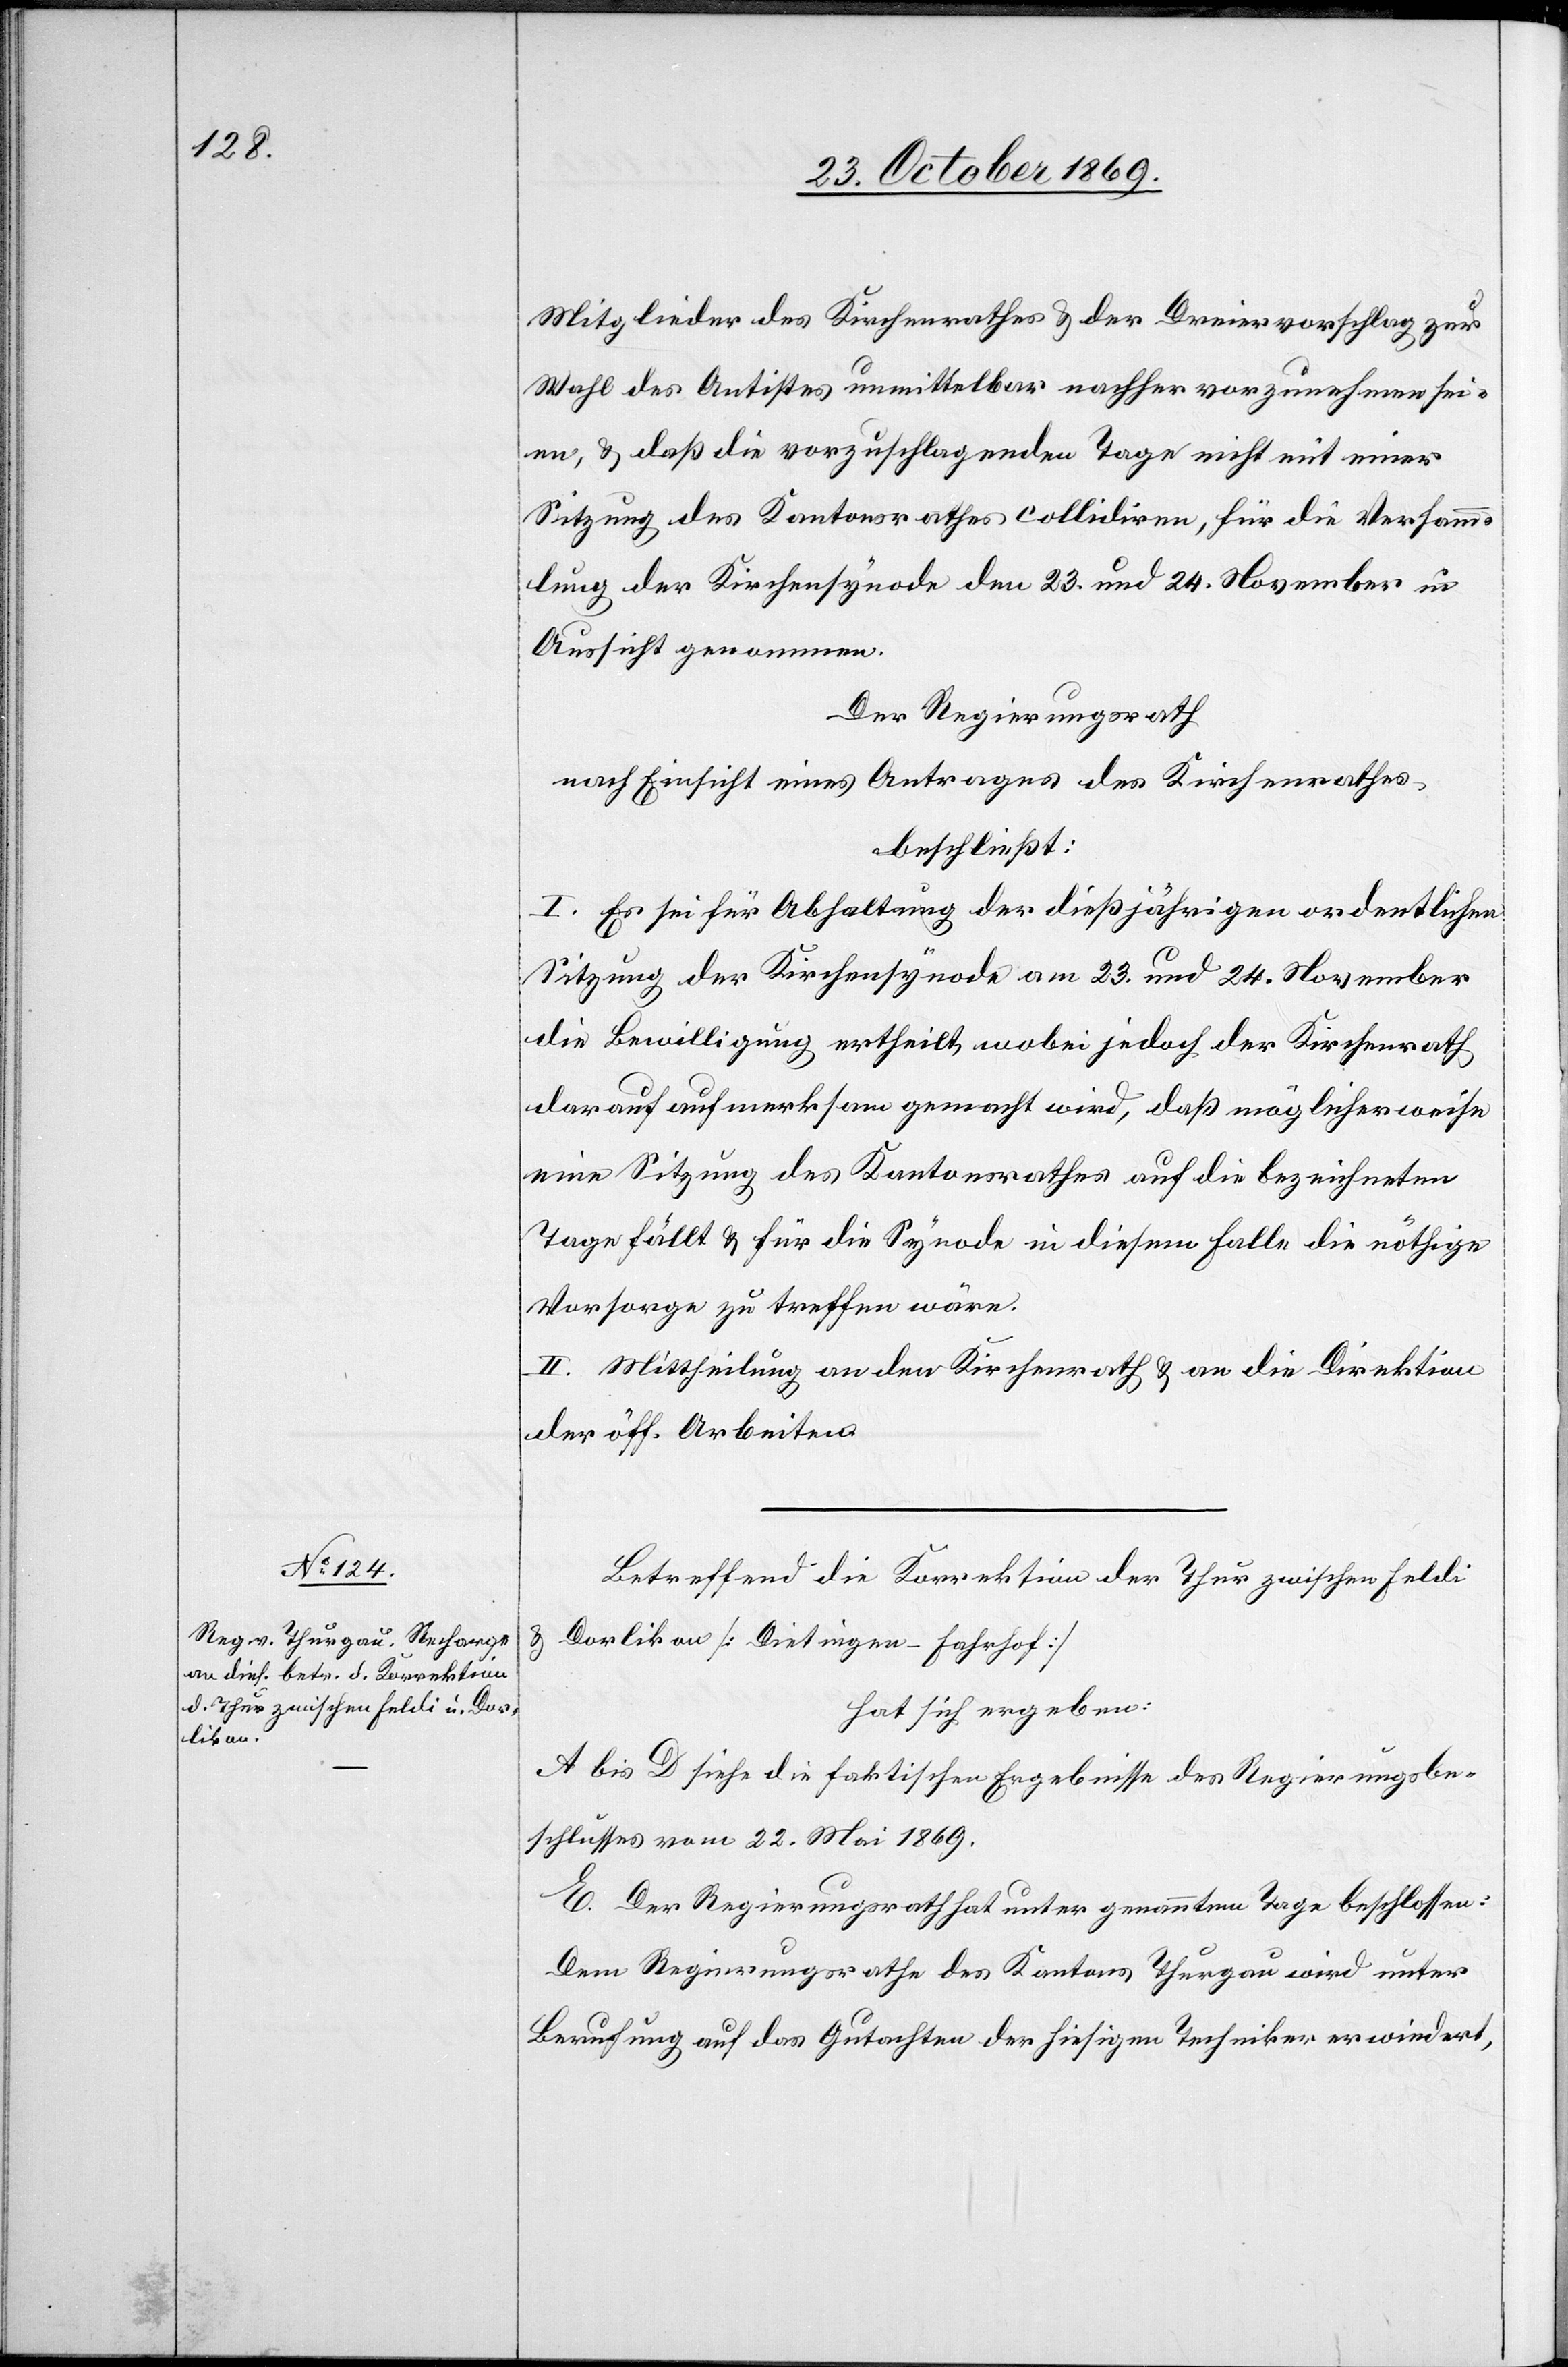
Mitglieder des Kirchenrathes & der Dreiervorschlag zur
Wahl des Antistes unmittelbar nachher vorzunehmen sei¬
en, & daß die vorzuschlagenden Tage nicht mit einer
Sitzung des Kantonsrathes collidiren, für die Versamm¬
lung der Kirchensynode den 23. und 24. November in
Aussicht genommen.
Der Regierungsrath
nach Einsicht eines Antrages des Kirchenrathes
beschließt:
I. Es sei für Abhaltung der dießjährigen ordentlichen
Sitzung der Kirchensynode am 23. und 24. November
die Bewilligung ertheilt, wobei jedoch der Kirchenrath
darauf aufmerksam gemacht wird, daß möglicherweise
eine Sitzung des Kantonsrathes auf die bezeichneten
Tage fällt & für die Synode in diesem Falle die nöthige
Vorsorge zu treffen wäre.
II. Mittheilung an den Kirchenrath & an die Direktion
der öff. Arbeiten.
Betreffend die Korrektion der Thur zwischen Feldi
& Dorlikon [Dietingen–Fahrhof]
hat sich ergeben:
A bis D siehe die faktischen Ergebnisse des Regierungsbe¬
schlusses vom 22. Mai 1869.
E. Der Regierungsrath hat unter genanntem Tage beschlossen:
Dem Regierungsrathe des Kantons Thurgau wird unter
Berufung auf das Gutachten der hiesigen Techniker erwiedert,